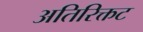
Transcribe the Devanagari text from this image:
अतिरिक्तट